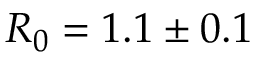
R _ { 0 } = 1 . 1 \pm 0 . 1 { \: }